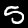
Digit: 5